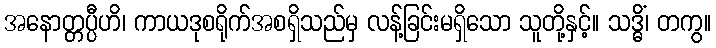
အနောတ္တပ္ပီဟိ၊ ကာယဒုစရိုက်အစရှိသည်မှ လန့်ခြင်းမရှိသော သူတို့နှင့်။ သဒ္ဓိံ၊ တကွ။